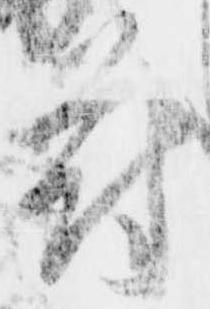
符